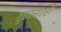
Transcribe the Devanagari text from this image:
दुकानांतही